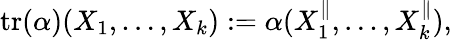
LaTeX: \mathrm{tr}(\alpha)(X_{1},\ldots,X_{k}):=\alpha(X_{1}^{\parallel},\ldots,X_{k}^{\parallel}),